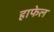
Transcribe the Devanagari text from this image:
हाफेल